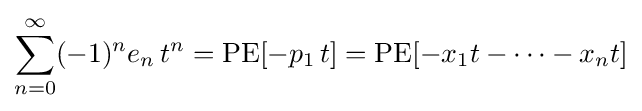
\sum _{n=0}^{\infty }(-1)^{n}e_{n}\,t^{n}=\operatorname {PE} [-p_{1}\,t]=\operatorname {PE} [-x_{1}t-\cdots -x_{n}t]